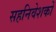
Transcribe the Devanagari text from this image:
सहनिवेशकों